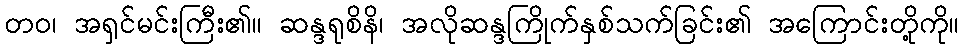
တဝ၊ အရှင်မင်းကြီး၏။ ဆန္ဒရုစိနိ၊ အလိုဆန္ဒကြိုက်နှစ်သက်ခြင်း၏ အကြောင်းတို့ကို။